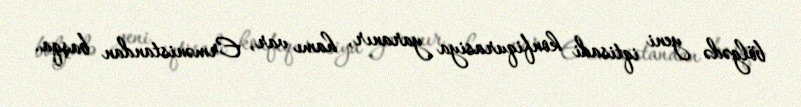
bölgədə yeni iqtisadi konfiqurasiya yaranır, hamı var, Ermənistandan başqa.